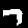
Digit: 7